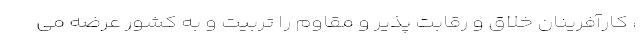
، کارآفرینان خلاق و رقابت پذیر و مقاوم را تربیت و به کشور عرضه می